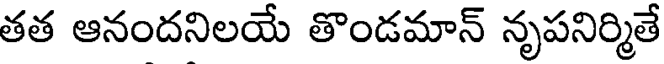
తత ఆనందనిలయే తొండమాన్ నృపనిర్మితే